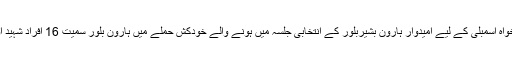
اے این پی کے خیبر پختونخواہ اسمبلی کے لیے امیدوار ہارون بشیربلور کے انتخابی جلسہ میں ہونے والے خودکش حملے میں ہارون بلور سمیت 16 افراد شہید اور درجنوں زخمی ہو گئے۔